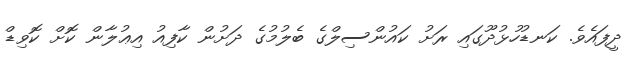
ދީފައެވެ. ކަނޑުހުޅުދޫގައި ރަށު ކައުންސިލްގެ ބެލުމުގެ ދަށުން ކާފިއު އިޢުލާން ކޮށް ކޮވިޑް